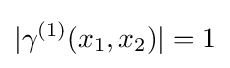
|\gamma ^{(1)}(x_{1},x_{2})|=1